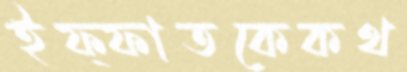
ইফ্ফাতকেকথ